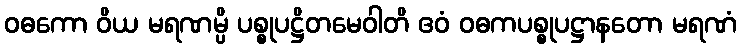
ဝဓကော ဝိယ မရဏမ္ပိ ပစ္စုပဋ္ဌိတမေဝါတိ ဧဝံ ဝဓကပစ္စုပဋ္ဌာနတော မရဏံ